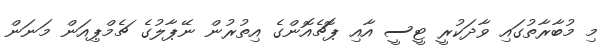
މި މުބާރާތުގައި ވާދަކުރީ ޓީސީ އާއި ޕޮޗެއޮންގެ އިތުރުން ނޭޕާލުގެ ޗެމްޕިއަން މަނަން